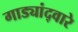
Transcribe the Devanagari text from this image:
गाड्यांद्वारे